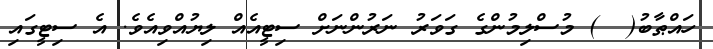
ހައްޠާބު(  ) މުސްލިމުންގެ ގަވަރު ނަރުންނަށް ސިޓީއެއް ލިޔުއްވިއެވެ. އެ ސިޓީގައި